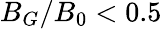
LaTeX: B_{G}/B_{0}<0.5